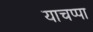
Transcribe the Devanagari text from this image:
याचप्पा